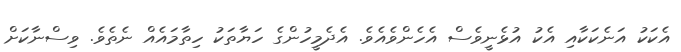
އެކަކު އަނެކަކާއި އެކު އުޅެނީވެސް އެހެންވެއެވެ. އެދެމީހުންގެ ހަޔާތަކު ހިތާމައެއް ނެތެވެ. ވިސްނާކަށް